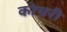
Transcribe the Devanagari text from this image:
कोचरी